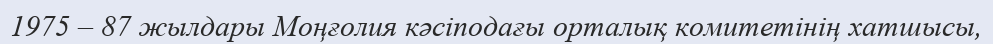
1975 – 87 жылдары Моңғолия кәсіподағы орталық комитетінің хатшысы,